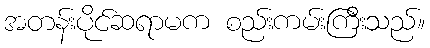
အတန်းပိုင်ဆရာမက စည်းကမ်းကြီးသည်။